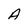
Character: A